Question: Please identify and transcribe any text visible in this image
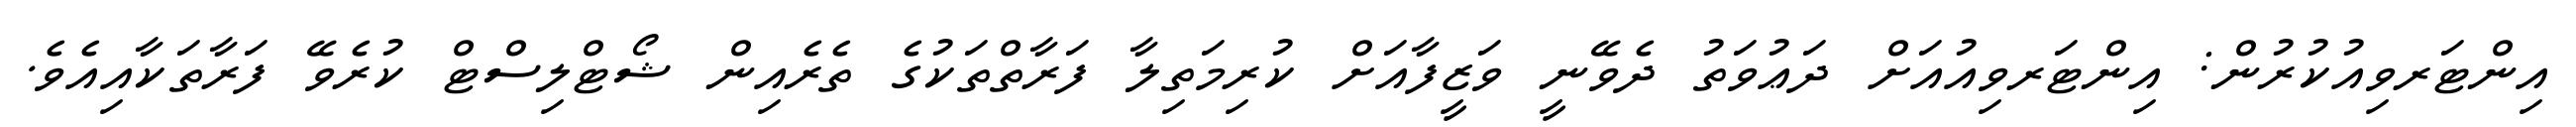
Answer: އިންޓަރވިއުކުރުން: އިންޓަރވިއުއަށް ދަޢުވަތު ދެވޭނީ ވަޒީފާއަށް ކުރިމަތިލާ ފަރާތްތަކުގެ ތެރެއިން ޝޯޓްލިސްޓް ކުރެވޭ ފަރާތަކާއިއެވެ.